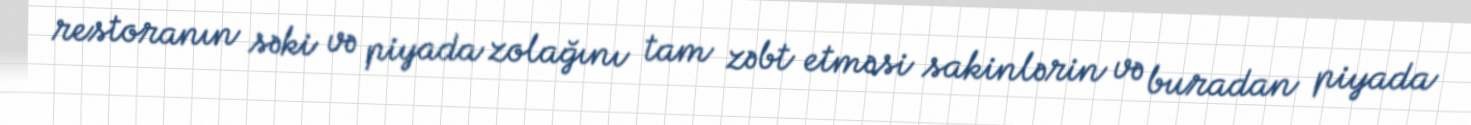
restoranın səki və piyada zolağını tam zəbt etməsi sakinlərin və buradan piyada